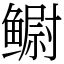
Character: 鳚